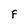
Character: F